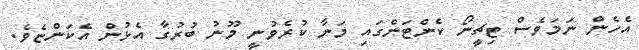
އެހެން ނަމަވެސް ޓިޗީނޯ ކެންޓަންގައި މަނާ ކުރެވުނީ މޫނު ބުރުގާ އެޅުން އެކަންޏެވެ.